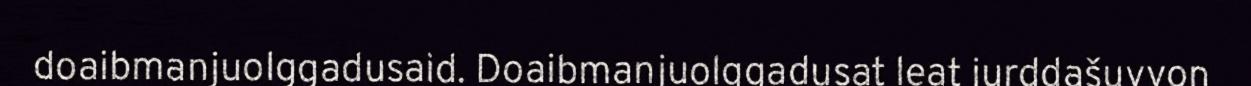
doaibmanjuolggadusaid. Doaibmanjuolggadusat leat jurddašuvvon